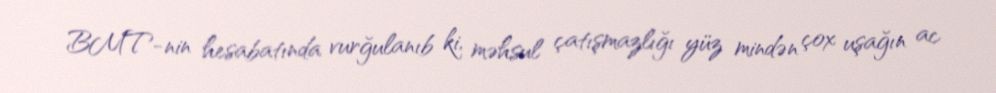
BMT-nin hesabatında vurğulanıb ki, məhsul çatışmazlığı yüz mindən çox uşağın ac